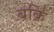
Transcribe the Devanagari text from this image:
बक्रि